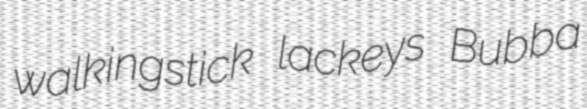
walkingstick lackeys Bubba